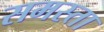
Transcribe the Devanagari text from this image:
समस्ता